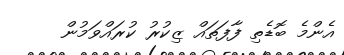
އެންމެ ބޮޑެތި ފާފަތައް ޒިކުރު ކުރައްވަމުން